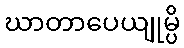
ဃာတာပေယျုမ္ပိ